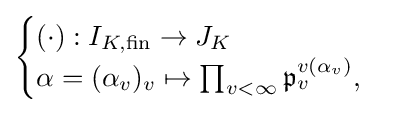
{\begin{cases}(\cdot ):I_{K,{\text{fin}}}\to J_{K}\\\alpha =(\alpha _{v})_{v}\mapsto \prod _{v<\infty }{\mathfrak {p}}_{v}^{v(\alpha _{v})},\end{cases}}